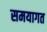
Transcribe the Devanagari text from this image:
समयागत